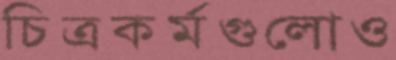
চিত্রকর্মগুলোও